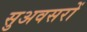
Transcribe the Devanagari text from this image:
सुअवसरों